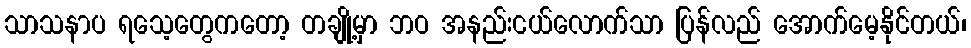
သာသနာပ ရသေ့တွေကတော့ တချို့မှာ ဘဝ အနည်းငယ်လောက်သာ ပြန်လည် အောက်မေ့နိုင်တယ်၊